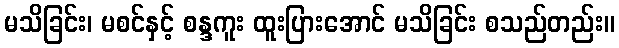
မသိခြင်း၊ မစင်နှင့် စန္ဒကူး ထူးပြားအောင် မသိခြင်း စသည်တည်း။